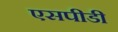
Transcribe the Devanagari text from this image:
एसपीडी